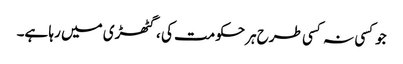
جوکسی نہ کسی طرح ہرحکومت کی ، گٹھڑی میں رہا ہے۔